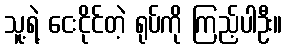
သူ့ရဲ့ ငေးငိုင်တဲ့ ရုပ်ကို ကြည့်ပါဦး။